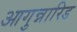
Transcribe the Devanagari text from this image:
आगुन्नारिड